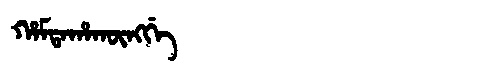
Manchu: ᡥᠠᠮᡨᠠᡥᠠᡴᡡᠩᡤᡝ
Romanization: HAMTAHAKŪNGGE